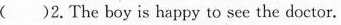
( )2.The boy is happy to see the doctor.